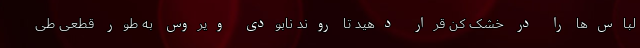
لباس‌ها را در خشک کن قرار دهید تا روند نابودی ویروس به طور قطعی طی